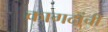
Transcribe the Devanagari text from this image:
कागदांची